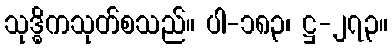
သုဒ္ဓိကသုတ်စသည်။ ပါ-၁၈၃၊ ဋ္ဌ-၂၇၃။